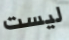
ليست